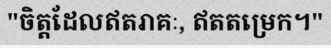
"ចិត្តដែលឥតរាគៈ, ឥតតម្រេក។"